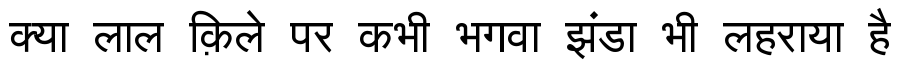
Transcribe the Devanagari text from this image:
क्या लाल क़िले पर कभी भगवा झंडा भी लहराया है